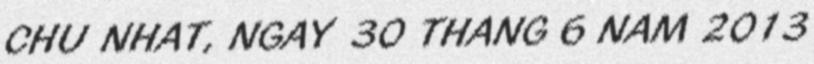
CHU NHAT, NGAY 30 THANG 6 NAM 2013